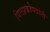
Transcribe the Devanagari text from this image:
पितप्रकोपवांती